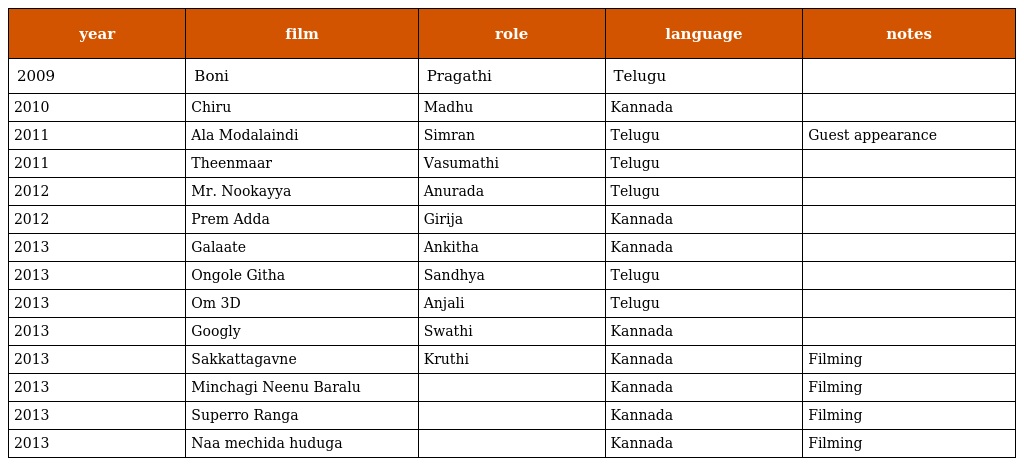
| year | film | role | language | notes |
 | --- | --- | --- | --- | --- |
 | 2009 | Boni | Pragathi | Telugu |  |
 | 2010 | Chiru | Madhu | Kannada |  |
 | 2011 | Ala Modalaindi | Simran | Telugu | Guest appearance |
 | 2011 | Theenmaar | Vasumathi | Telugu |  |
 | 2012 | Mr. Nookayya | Anurada | Telugu |  |
 | 2012 | Prem Adda | Girija | Kannada |  |
 | 2013 | Galaate | Ankitha | Kannada |  |
 | 2013 | Ongole Githa | Sandhya | Telugu |  |
 | 2013 | Om 3D | Anjali | Telugu |  |
 | 2013 | Googly | Swathi | Kannada |  |
 | 2013 | Sakkattagavne | Kruthi | Kannada | Filming |
 | 2013 | Minchagi Neenu Baralu |  | Kannada | Filming |
 | 2013 | Superro Ranga |  | Kannada | Filming |
 | 2013 | Naa mechida huduga |  | Kannada | Filming |